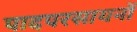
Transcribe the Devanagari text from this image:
पादपरसायनों